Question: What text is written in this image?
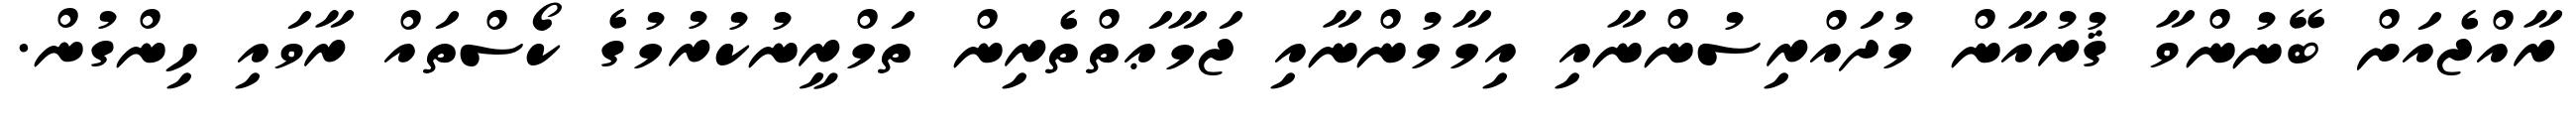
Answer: ރާއްޖެއަށް ބޭނުންވާ ޤުރުއާން މުދައްރިސުންނާއި އިމާމުންނާއި ޖަމާޢަތްތެރިން ތަމްރީނުކުރުމުގެ ކޯސްތައް ރާވައި ހިންގުން.